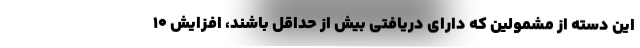
این دسته از مشمولین که دارای دریافتی بیش از حداقل باشند، افزایش ۱۰